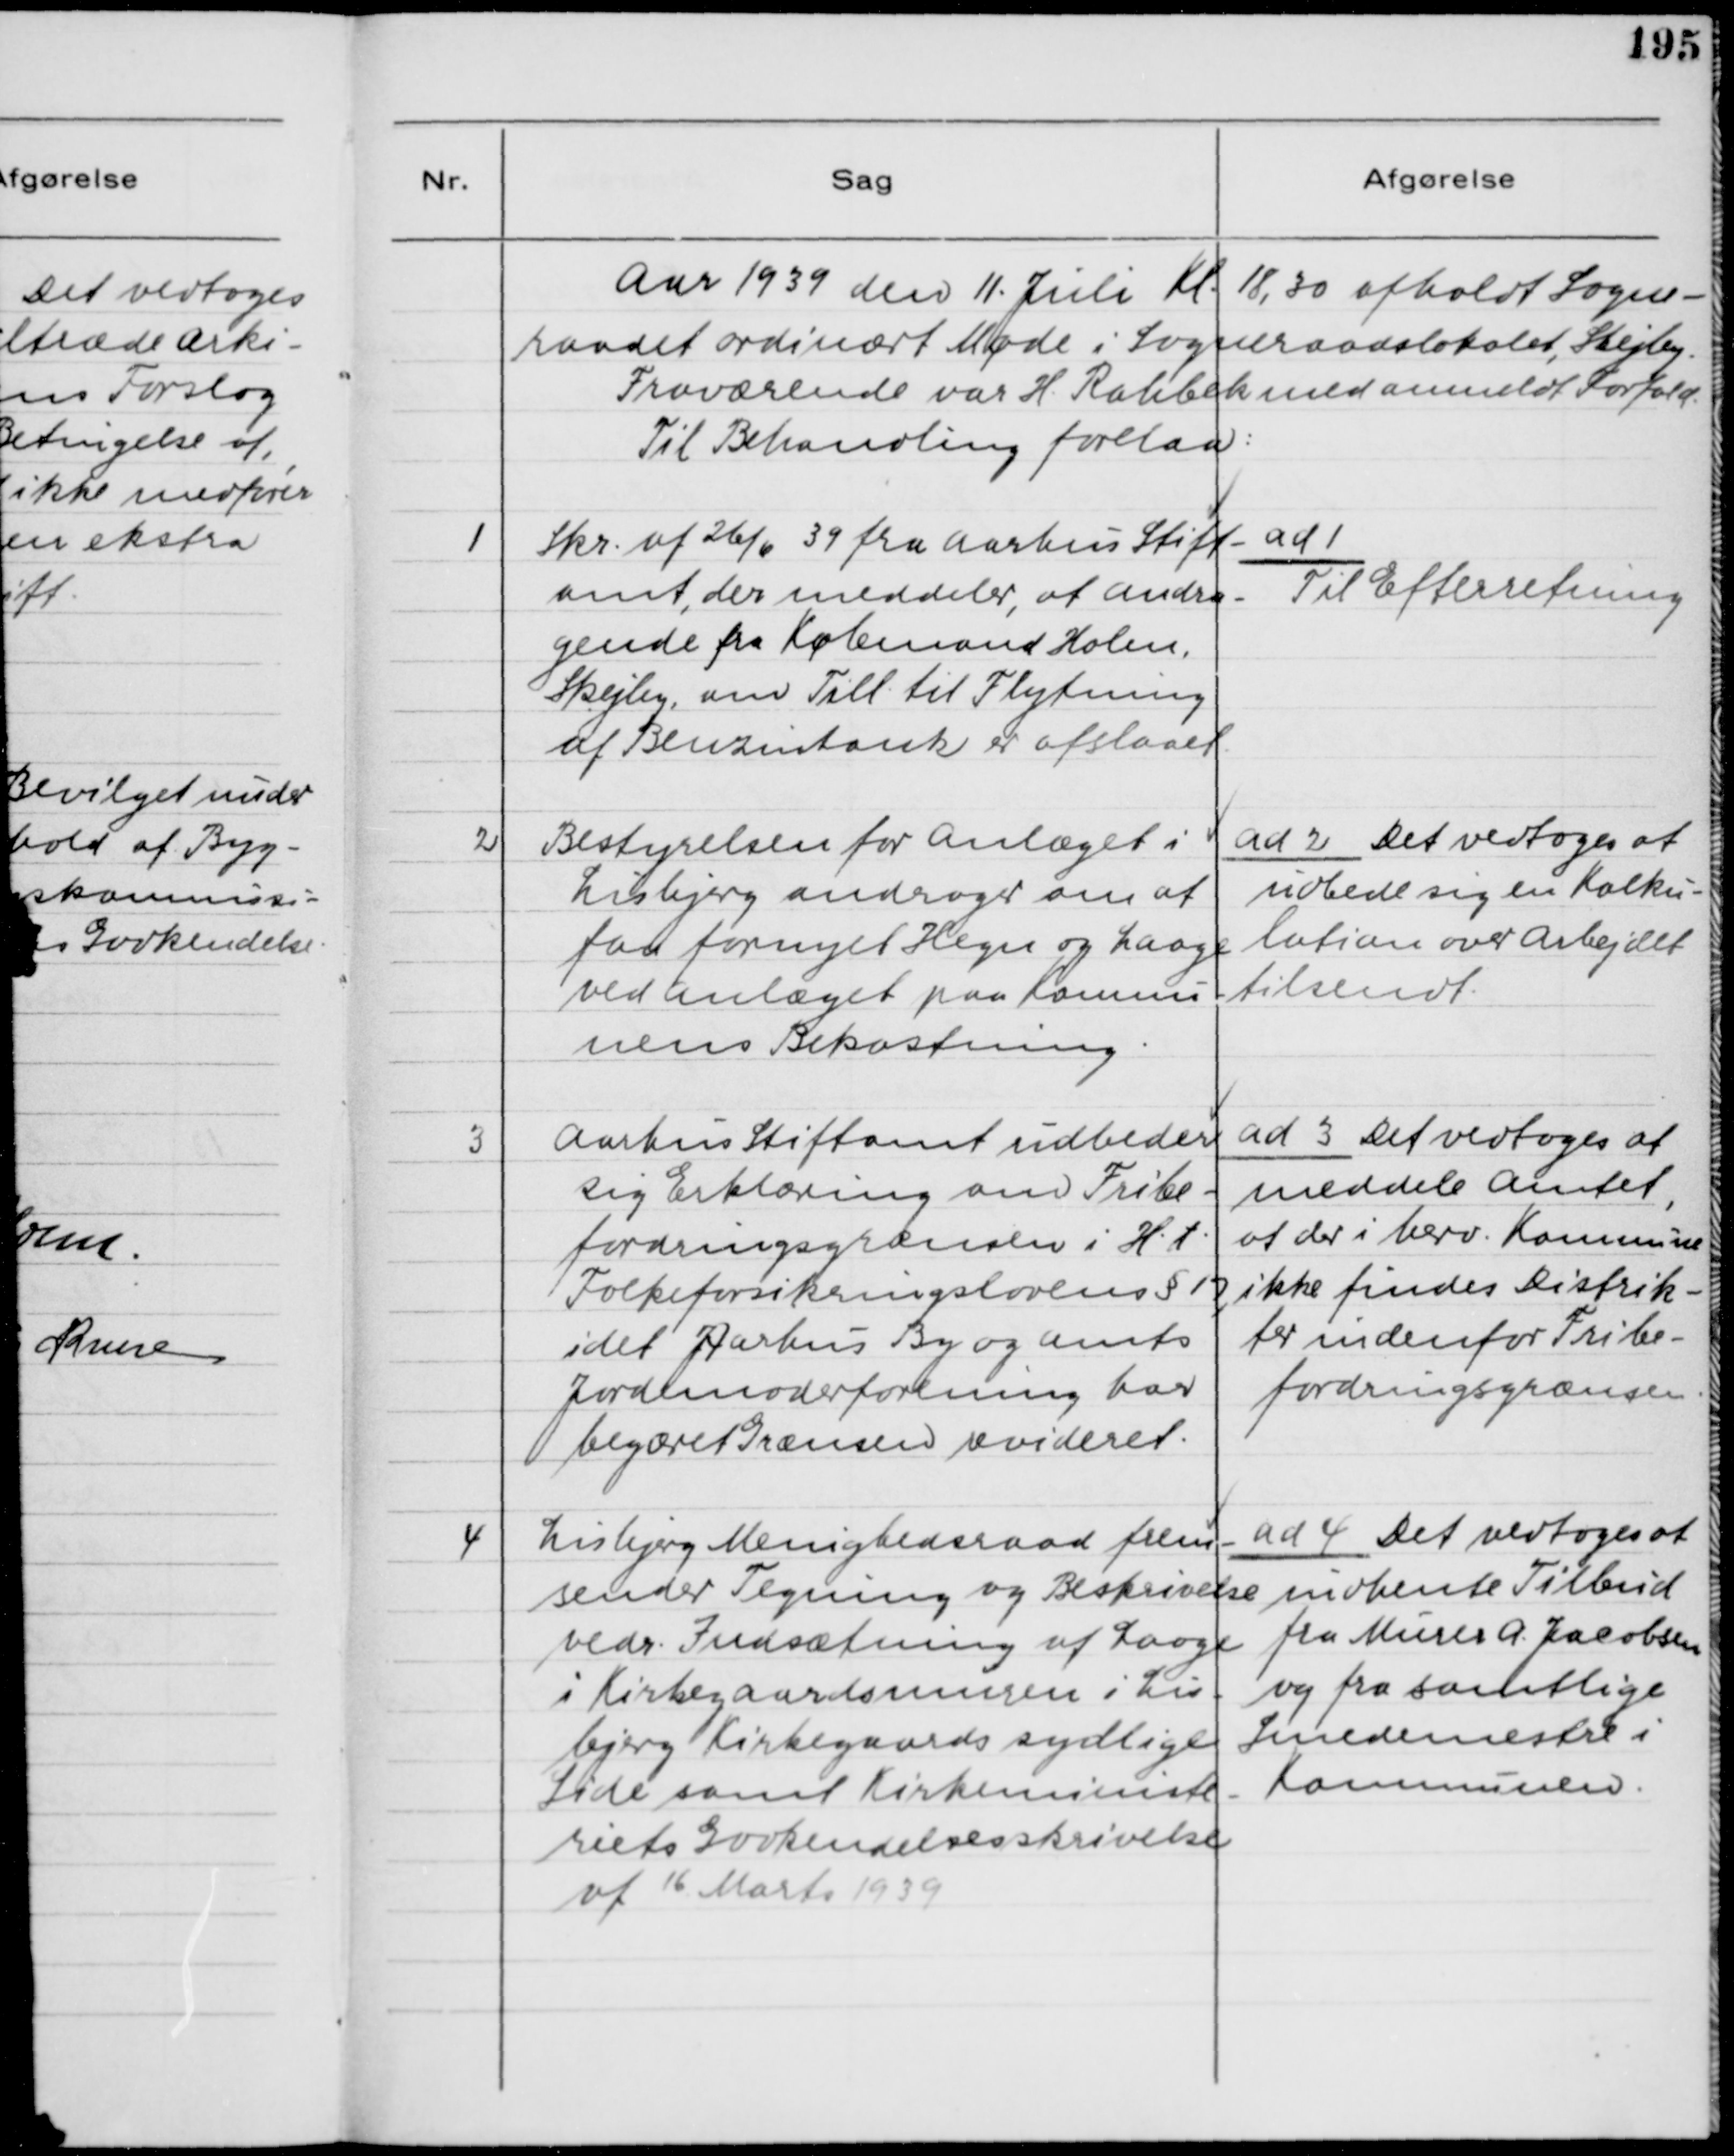
Transskription:
Aar 1939 den 11. Juli Kl. 18,30 afholdt Sogne-
raadet ordinært Møde i Sogneraadslokalet, Skejby.
Fraværende var H. Rahbek med anmeldt Forfald.
Til Behandling forelaa:

1

Skr. af 26/6 39 fra Aarhus Stift-
amt, der meddeler, at Andra-
gende fra Købmand Holm,
Skejby, om Till. til Flytning
af Benzintank er afslaaet.

ad 1
Til Efterretning

2

Bestyrelsen for Anlæget i
Lisbjerg andrager om at
faa fornyet Hegn og Laage
ved Anlæget paa Kommu-
nens Bekostning.

ad 2 Det vedtoges at
udbede sig en Kalku-
lation over Arbejdet
tilsendt.

3

Aarhus Stiftamt udbeder
sig Erklæring om Fribe-
fordringsgrænsen i H.t.
Folkeforsikringslovens § 17,
idet Aarhus By og Amts
Jordemoderforening har
begæret Grænsen revideret.

ad 3 Det vedtoges at
meddele Amtet,
at der i herv. Kommune
ikke findes Distrik-
ter indenfor Fribe-
fordringsgrænsen.

4

Lisbjerg Menighedsraad frem-
sender Tegning og Beskrivelse
vedr. Indsætning af Laage
i Kirkegaardsmuren i Lis-
bjerg Kirkegaards sydlige
Side samt Kirkeministe-
riets Godkendelsesskrivelse
af 16. Marts 1939

ad 4 Det vedtoges at
indhente Tilbud
fra Murer A. Jacobsen
og fra samtlige
Smedemestre i
Kommunen.